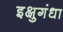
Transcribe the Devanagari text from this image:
इक्षुगंधा